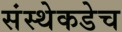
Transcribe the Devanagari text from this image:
संस्थेकडेच